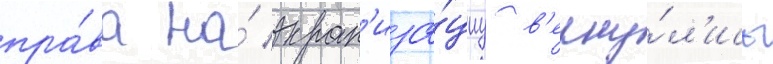
пра́ва на́ экран'иза́циу в'ерну́л'ись